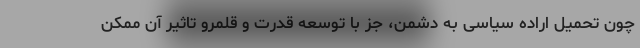
چون تحمیل اراده سیاسی به دشمن، جز با توسعه قدرت و قلمرو تاثیر آن ممکن